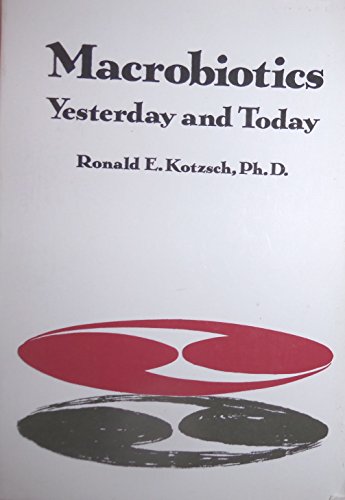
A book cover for Macrobiotics: Yesterday and Today; Ronald E. Kotzsch; Health, Fitness & Dieting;